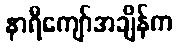
နာရီကျော်အချိန်က